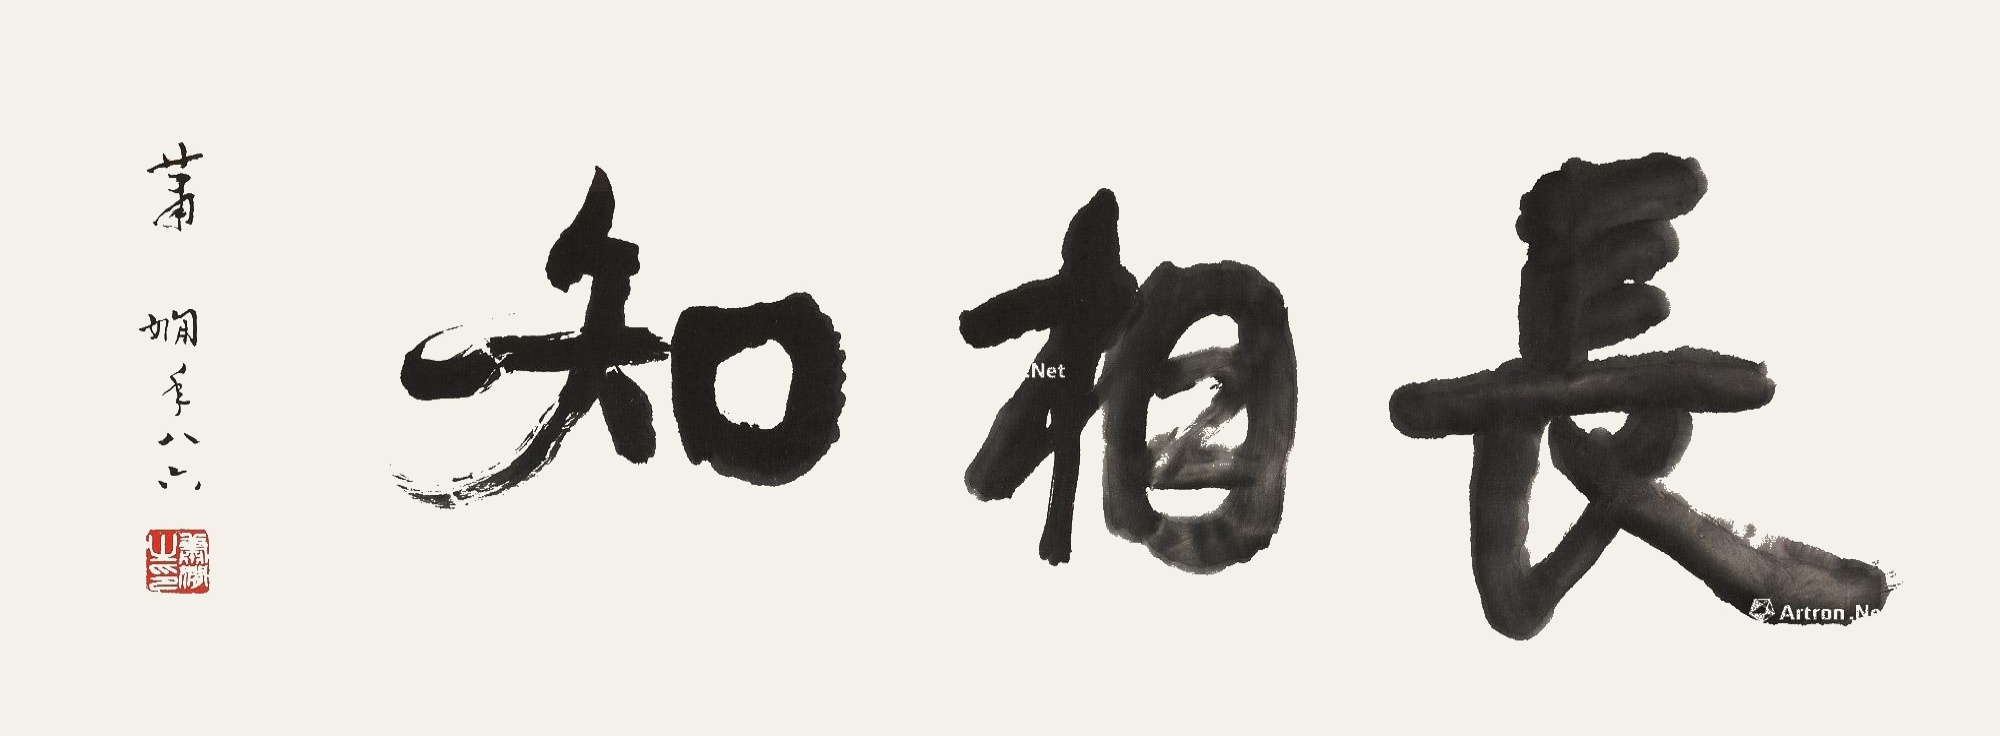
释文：长相知萧娴年八六